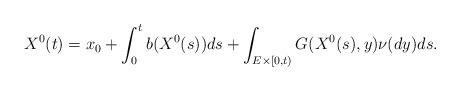
LaTeX: \begin{align*}X^{0}(t)=x_{0}+\int_{0}^{t}b(X^{0}(s))ds+\int_{E\times \lbrack0,t)}G(X^{0}(s),y)\nu (dy)ds. \end{align*}